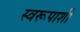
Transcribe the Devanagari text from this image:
स्वरूपाशी